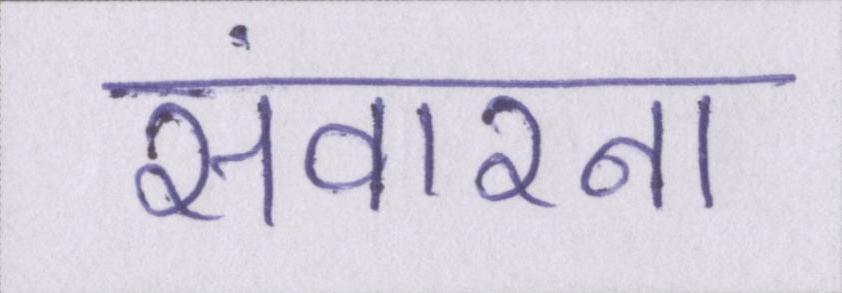
संवारना